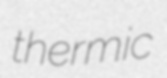
thermic